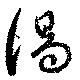
湯